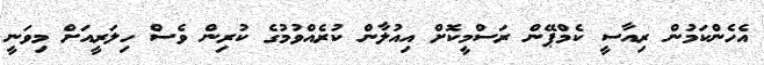
އެހެންކަމުން ރިއާސީ ކެމްޕޭން ރަސްމީކޮށް އިއުލާން ކުރެއްވުމުގެ ކުރިން ވެސް ހިލަރީއަށް މިވަނީ